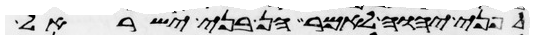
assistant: לפני יהוה לאמר הן בני ישראל